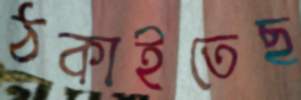
ঠকাইতেছ